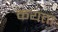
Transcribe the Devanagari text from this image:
कयता